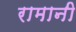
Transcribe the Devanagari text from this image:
रामानी